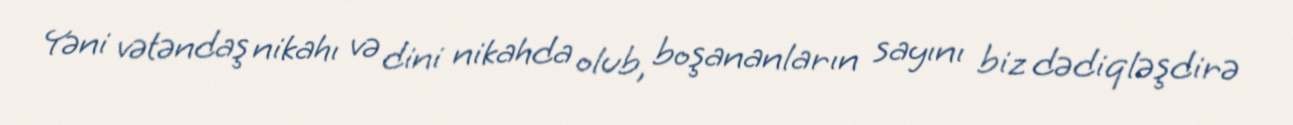
Yəni vətəndaş nikahı və dini nikahda olub, boşananların sayını biz dədiqləşdirə